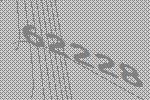
62228